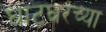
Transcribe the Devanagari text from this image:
घाटघरच्या